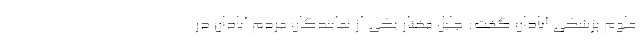
علوم پزشکی آبادان گفت: جلیل مختار یکی از نمایندگان مردم آبادان در